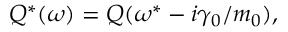
Q ^ { * } ( \omega ) = Q ( \omega ^ { * } - i \gamma _ { 0 } / m _ { 0 } ) ,